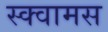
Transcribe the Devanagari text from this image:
स्क्वामस